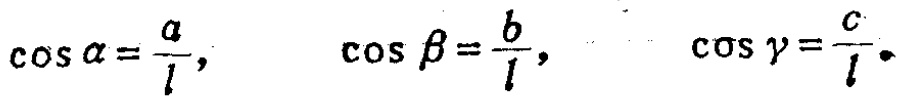
\(\cos \alpha=\frac{a}{l},\quad \cos \beta=\frac{b}{l},\quad \cos \gamma=\frac{c}{l}\)